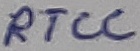
Text: RTCC